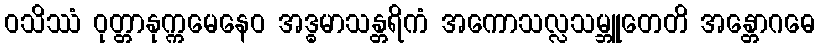
ဝသိဿံ ဝုတ္တာနုက္ကမေနေဝ အဒ္ဓမာသန္တရိကံ အကောသလ္လသမ္ဘူတေတိ အန္တောဂဓေ